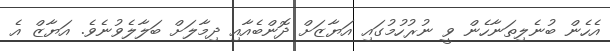
އެހެން ބުނެލިތަނާހެން ވީ ނުރުހުމުގައި އަޔާޒަށް ދޮންބެއާއި ދިމާލަށް ބަލާލެވުނެވެ. އަޔާޒް އެ